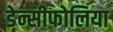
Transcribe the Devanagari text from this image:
डेन्सीफोलिया